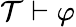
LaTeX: {\mathcal{T}}\vdash\varphi